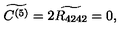
\widetilde { C ^ { ( 5 ) } } = 2 \widetilde { R _ { 4 2 4 2 } } = 0 ,